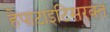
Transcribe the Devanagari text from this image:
हेपाटाइटिसरक्त